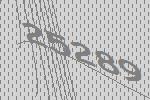
25289